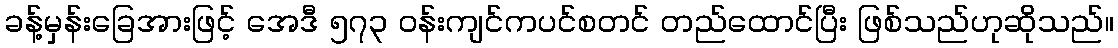
ခန့်မှန်းခြေအားဖြင့် အေဒီ ၅၇၃ ဝန်းကျင်ကပင်စတင် တည်ထောင်ပြီး ဖြစ်သည်ဟုဆိုသည်။